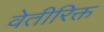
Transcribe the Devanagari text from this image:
वेतीरिक्त